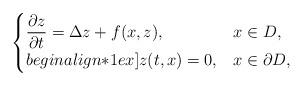
LaTeX: \begin{align*}\begin{cases}\displaystyle \frac{\partial z}{\partial t} = {\Delta} z + f(x, z), &x \in D,\\begin{align*}1ex]z(t,x) = 0, & x \in \partial D,\end{cases}\end{align*}